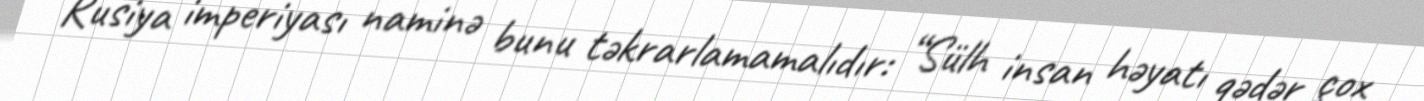
Rusiya imperiyası naminə bunu təkrarlamamalıdır: “Sülh insan həyatı qədər çox